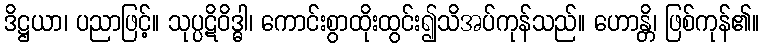
ဒိဋ္ဌယာ၊ ပညာဖြင့်။ သုပ္ပဋိဝိဒ္ဓါ၊ ကောင်းစွာထိုးထွင်း၍သိအပ်ကုန်သည်။ ဟောန္တိ၊ ဖြစ်ကုန်၏။